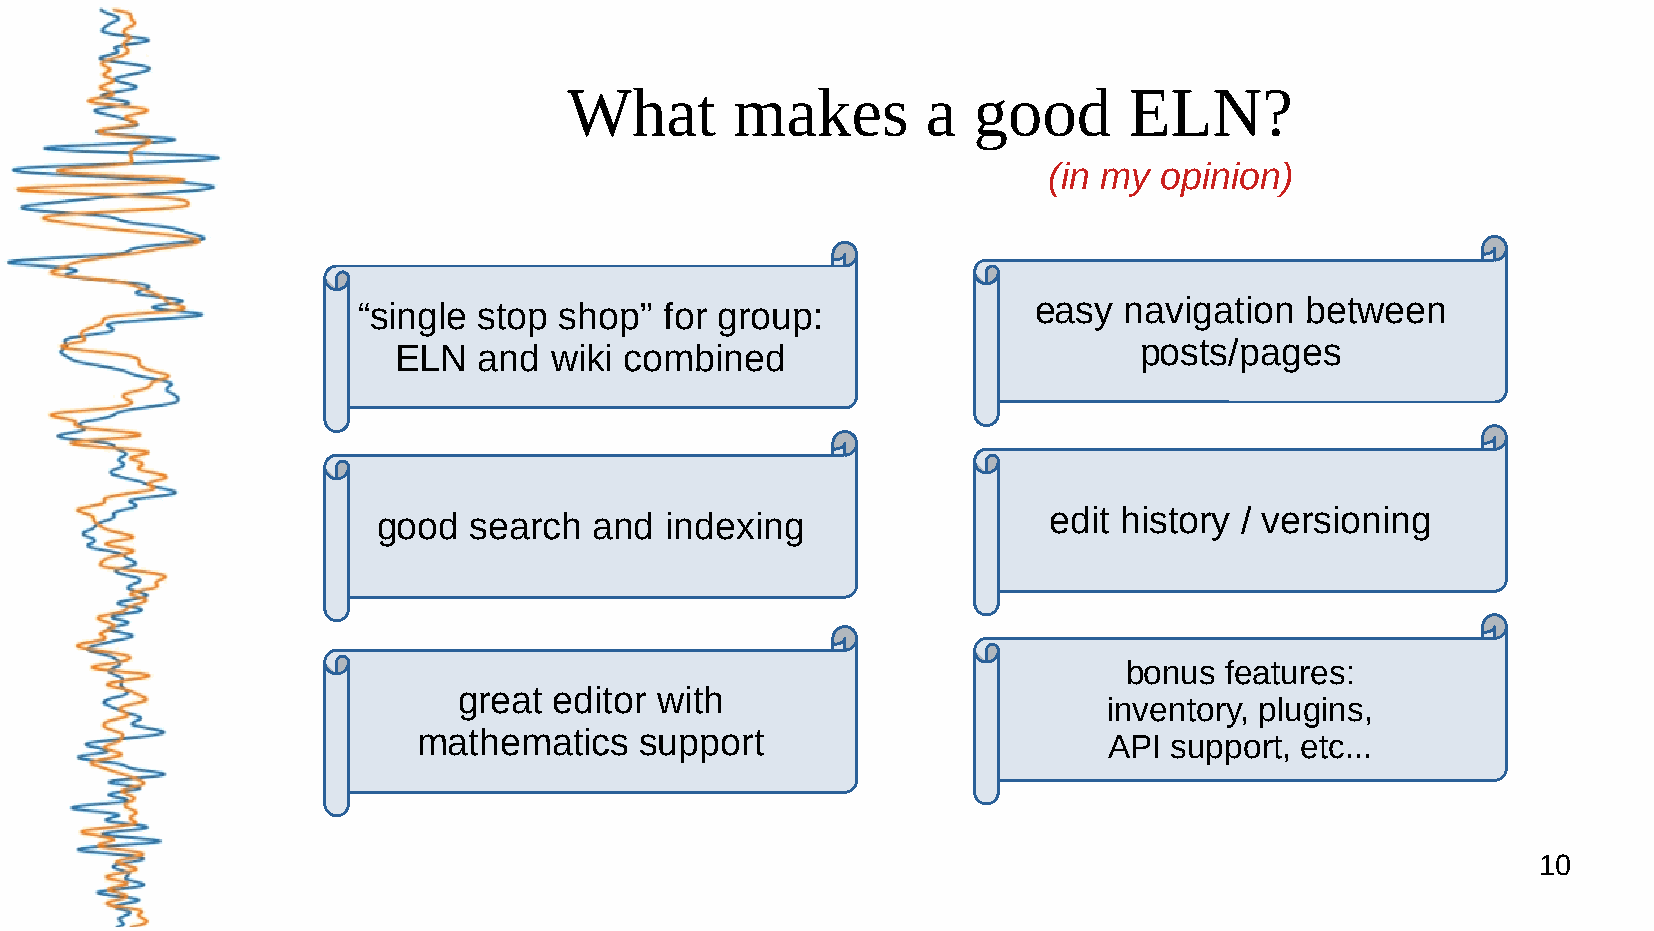
What       makes       a  good       ELN?
 (in my  opinion)
 “single stop shop”  for group:              easy  navigation  between
 ELN   and wiki combined                          posts/pages
 good  search  and  indexing                 edit history / versioning
 bonus features:
 great  editor with
 inventory, plugins,
 mathematics   support
 API  support, etc...
 10